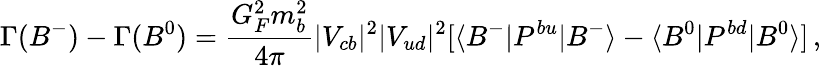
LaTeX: \Gamma(B^{-})-\Gamma(B^{0})=\frac{G_{F}^{2}m_{b}^{2}}{4\pi}|V_{cb}|^{2}|V_{ud}|^{2}[\langle B^{-}|P^{bu}|B^{-}\rangle-\langle B^{0}|P^{bd}|B^{0}\rangle]\, ,